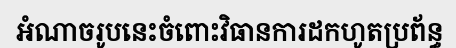
អំណាចរូបនេះចំពោះវិធានការដកហូតប្រព័ន្ធ